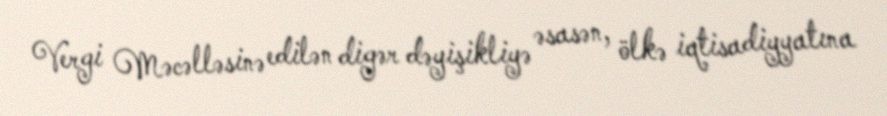
Vergi Məcəlləsinə edilən digər dəyişikliyə əsasən, ölkə iqtisadiyyatına